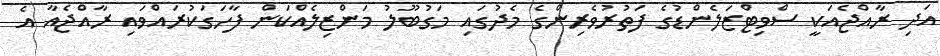
އަދި ރާއްޖެއަކީ ސްވިޓްޒަލެންޑުގެ ފަތުރުވެރިންގެ މެދުގައި މަގުބޫލު މަންޒިލެއްކަން ފާހަގަކުރައްވައި ރާއްޖެއާ އެ